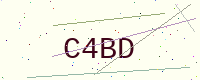
Text: C4BD